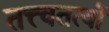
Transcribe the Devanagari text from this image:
तत्त्वतत्वों